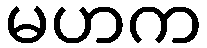
မဟက